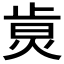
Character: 𤉭